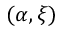
( \alpha , \xi )